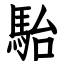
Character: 駘